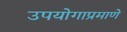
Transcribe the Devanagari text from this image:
उपयोगाप्रमाणे